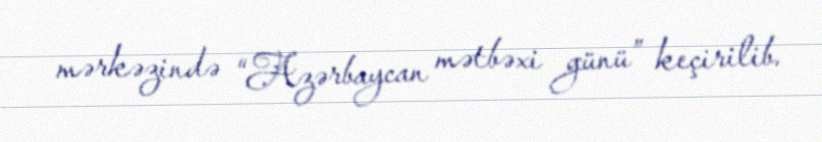
mərkəzində “Azərbaycan mətbəxi günü” keçirilib.